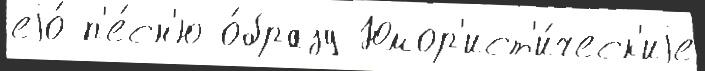
еjо́ п'е́сн'ю о́бразу Юмор'ист'и́ческ'иjе